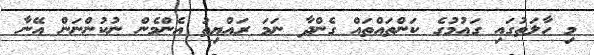
މި ހާލަތުގައި ގައުމުގެ ކަންތައްތައް ގެންދާ ނަމަ ރައްޔިތު އެންމެން ނުކުންނަން އޭނާ